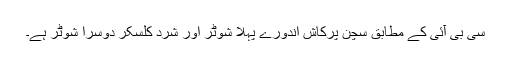
سی بی آئی کے مطابق سچن پرکاش اندورے پہلا شوٹر اور شرد کلسکر دوسرا شوٹر ہے۔